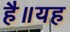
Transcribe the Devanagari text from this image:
है॥यह